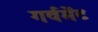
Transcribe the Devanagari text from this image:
गर्वमेंट